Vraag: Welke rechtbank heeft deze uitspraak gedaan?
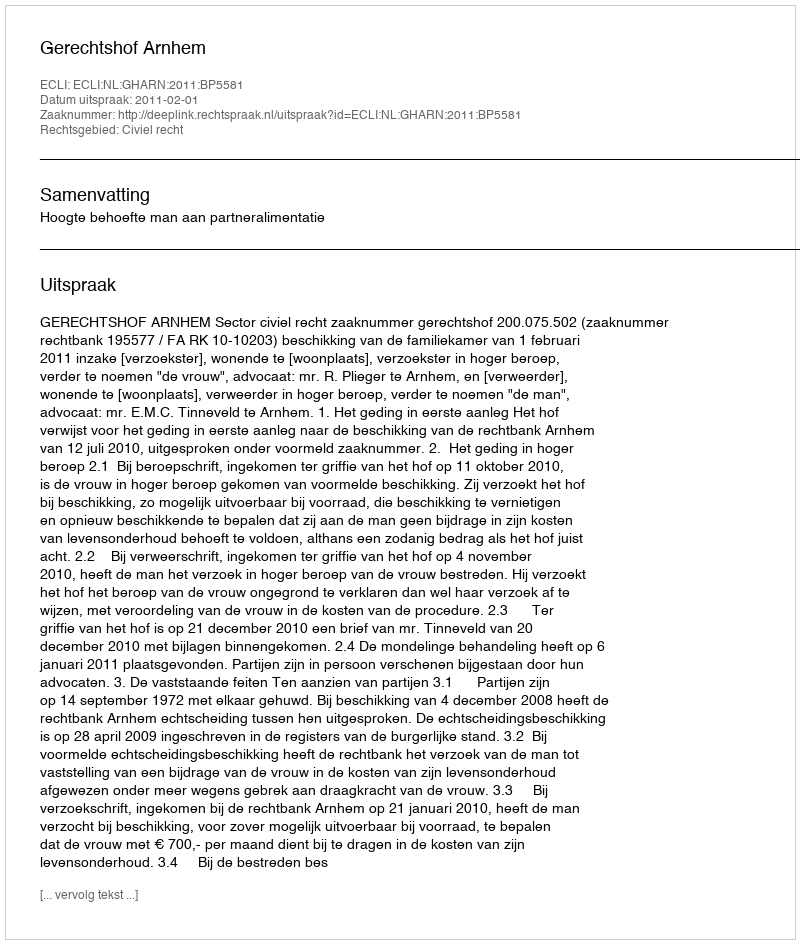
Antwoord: Gerechtshof Arnhem